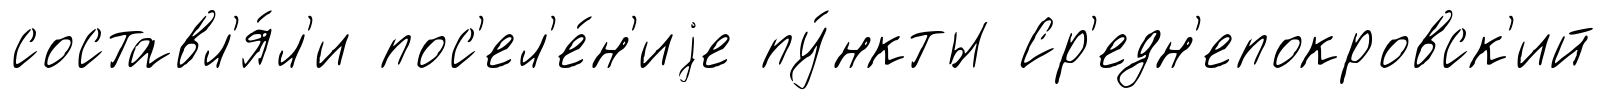
составл'я́л'и пос'ел'е́н'иjе пу́нкты Ср'едн'епокровск'ий